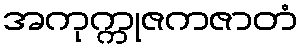
အကုက္ကုဇကဇာတံ